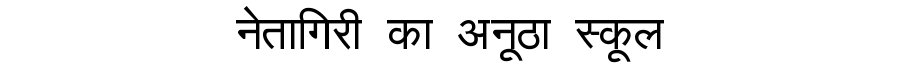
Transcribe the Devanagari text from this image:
नेतागिरी का अनूठा स्कूल